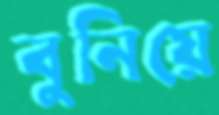
বুনিয়ে